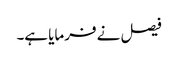
فیصل نے فرمایا ہے۔